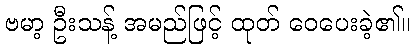
ဗမာ့ ဦးသန့် အမည်ဖြင့် ထုတ် ဝေပေးခဲ့၏။